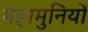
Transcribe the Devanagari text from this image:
महामुनियों